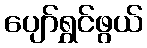
ပျော်ရွှင်ဖွယ်